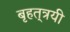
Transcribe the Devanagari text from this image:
बृहत्‌त्रयी